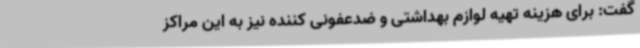
گفت: برای هزینه تهیه لوازم بهداشتی و ضدعفونی کننده نیز به این مراکز